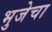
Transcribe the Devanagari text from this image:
भुजेचा